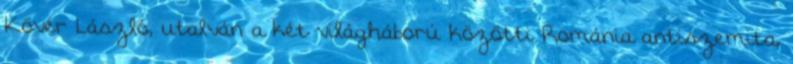
Kövér László, utalván a két világháború közötti Románia antiszemita,